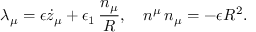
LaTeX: \lambda _ { \mu } = \epsilon \dot { z } _ { \mu } + \epsilon _ { 1 } \, { \frac { n _ { \mu } } { R } } , ~ ~ ~ n ^ { \mu } \, n _ { \mu } = - \epsilon R ^ { 2 } .